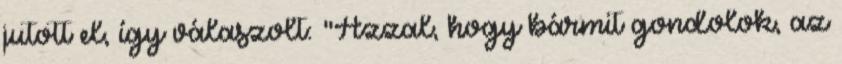
jutott el, így válaszolt: "Azzal, hogy bármit gondolok, az